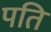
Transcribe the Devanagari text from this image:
पति